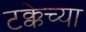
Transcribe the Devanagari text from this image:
टक्केच्या